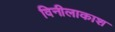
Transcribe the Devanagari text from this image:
विनीलाकाश